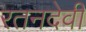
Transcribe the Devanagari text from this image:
रतनदेवी